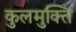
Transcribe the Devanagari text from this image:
कुलमुक्ति